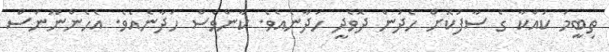
ތިބީމަ ކައްކާ ގެ ސާފުކޮށް ހެދުން ދޮވެދީ ހަދާނެއެވެ. ކާންވެސް ހަދާނެއެވެ. އެހެންނޫނަސް